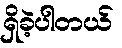
ရှိခဲ့ပါတယ်